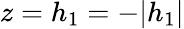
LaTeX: z=h_{1}=-|h_{1}|